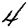
Digit: 4